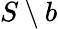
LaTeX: S\setminus b